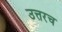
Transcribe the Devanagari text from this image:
उत्तरच